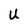
Character: U